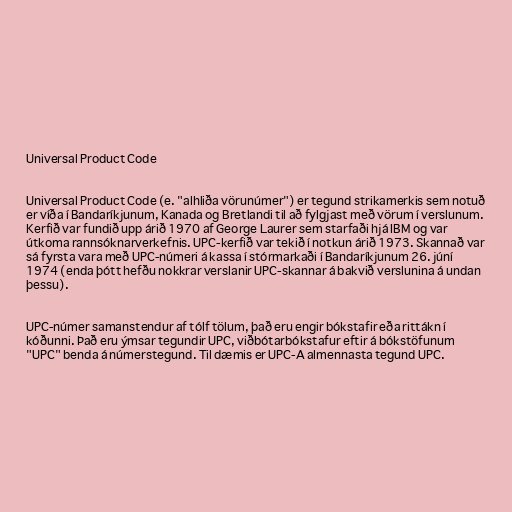
Universal Product Code

Universal Product Code (e. "alhliða vörunúmer") er tegund strikamerkis sem notuð
er víða í Bandaríkjunum, Kanada og Bretlandi til að fylgjast með vörum í verslunum.
Kerfið var fundið upp árið 1970 af George Laurer sem starfaði hjá IBM og var
útkoma rannsóknarverkefnis. UPC-kerfið var tekið í notkun árið 1973. Skannað var
sá fyrsta vara með UPC-númeri á kassa í stórmarkaði í Bandaríkjunum 26. júní
1974 (enda þótt hefðu nokkrar verslanir UPC-skannar á bakvið verslunina á undan
þessu).

UPC-númer samanstendur af tólf tölum, það eru engir bókstafir eða rittákn í
kóðunni. Það eru ýmsar tegundir UPC, viðbótarbókstafur eftir á bókstöfunum
"UPC" benda á númerstegund. Til dæmis er UPC-A almennasta tegund UPC.